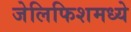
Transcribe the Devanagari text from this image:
जेलिफिशमध्ये